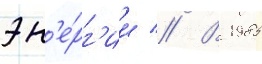
эн'е́рг'ии // В 1985